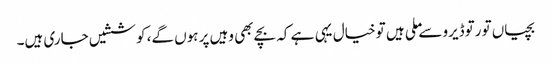
بچیاں تو رتوڈیرو سے ملی ہیں تو خیال یہی ہے کہ بچے بھی وہیں پر ہوں گے، کوششیں جاری ہیں۔